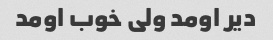
دیر اومد ولی خوب اومد